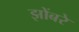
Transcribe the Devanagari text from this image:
झोंबरे